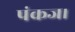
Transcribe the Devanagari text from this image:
पंकज।